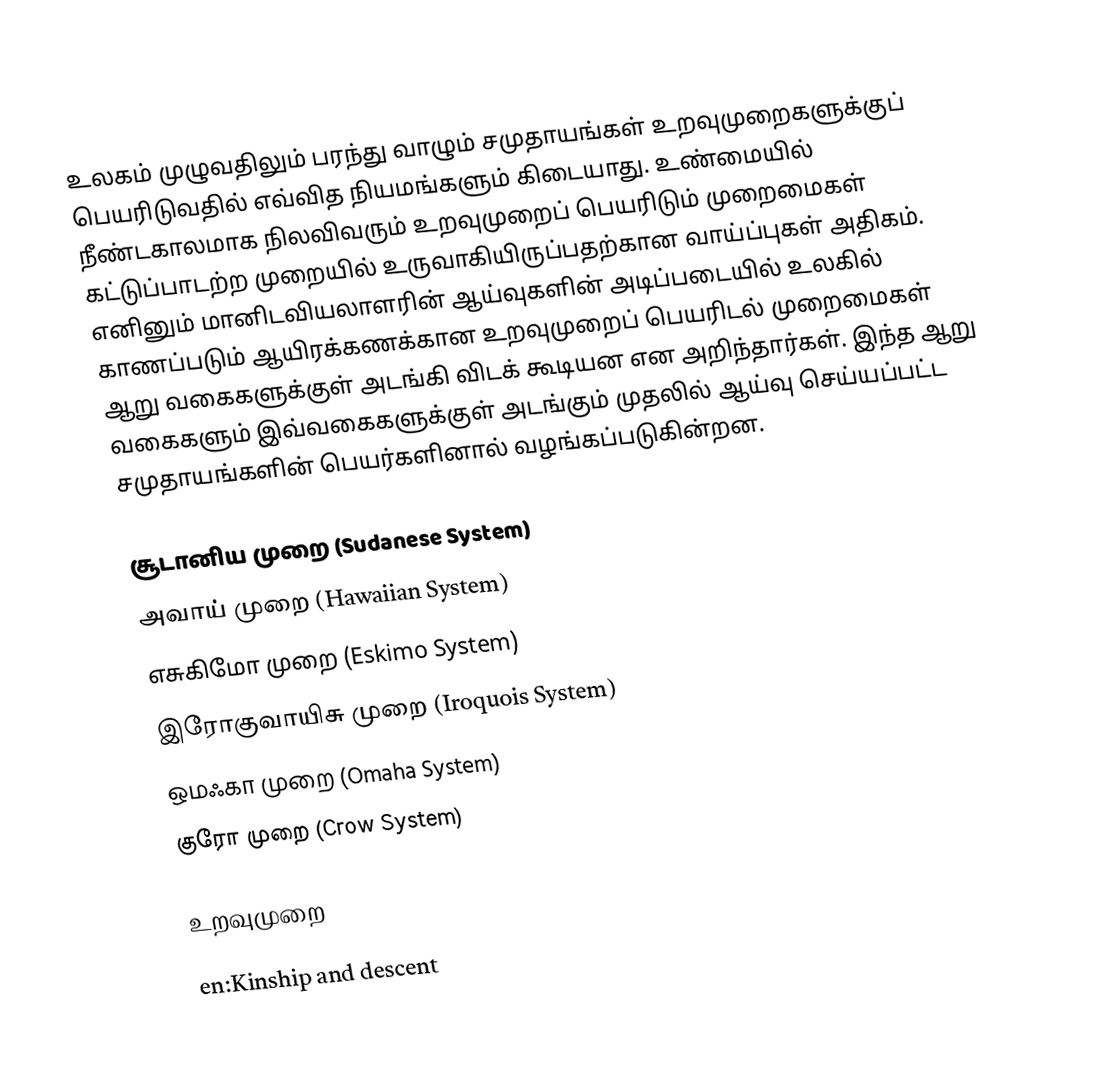
உலகம் முழுவதிலும் பரந்து வாழும் சமுதாயங்கள் உறவுமுறைகளுக்குப் பெயரிடுவதில் எவ்வித நியமங்களும் கிடையாது. உண்மையில் நீண்டகாலமாக நிலவிவரும் உறவுமுறைப் பெயரிடும் முறைமைகள்  கட்டுப்பாடற்ற முறையில் உருவாகியிருப்பதற்கான வாய்ப்புகள் அதிகம். எனினும் மானிடவியலாளரின் ஆய்வுகளின் அடிப்படையில் உலகில் காணப்படும் ஆயிரக்கணக்கான உறவுமுறைப் பெயரிடல் முறைமைகள் ஆறு வகைகளுக்குள் அடங்கி விடக் கூடியன என அறிந்தார்கள். இந்த ஆறு வகைகளும் இவ்வகைகளுக்குள் அடங்கும் முதலில் ஆய்வு செய்யப்பட்ட சமுதாயங்களின் பெயர்களினால் வழங்கப்படுகின்றன.

 சூடானிய முறை (Sudanese System)
 அவாய் முறை (Hawaiian System)
 எசுகிமோ முறை (Eskimo System)
 இரோகுவாயிசு முறை (Iroquois System)
 ஒமஃகா முறை (Omaha System)
 குரோ முறை (Crow System)

உறவுமுறை

en:Kinship and descent